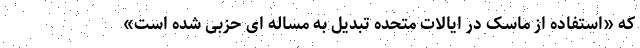
که «استفاده از ماسک در ایالات متحده تبدیل به مساله ای حزبی شده است»